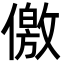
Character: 儌